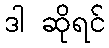
ဒါ ဆိုရင်